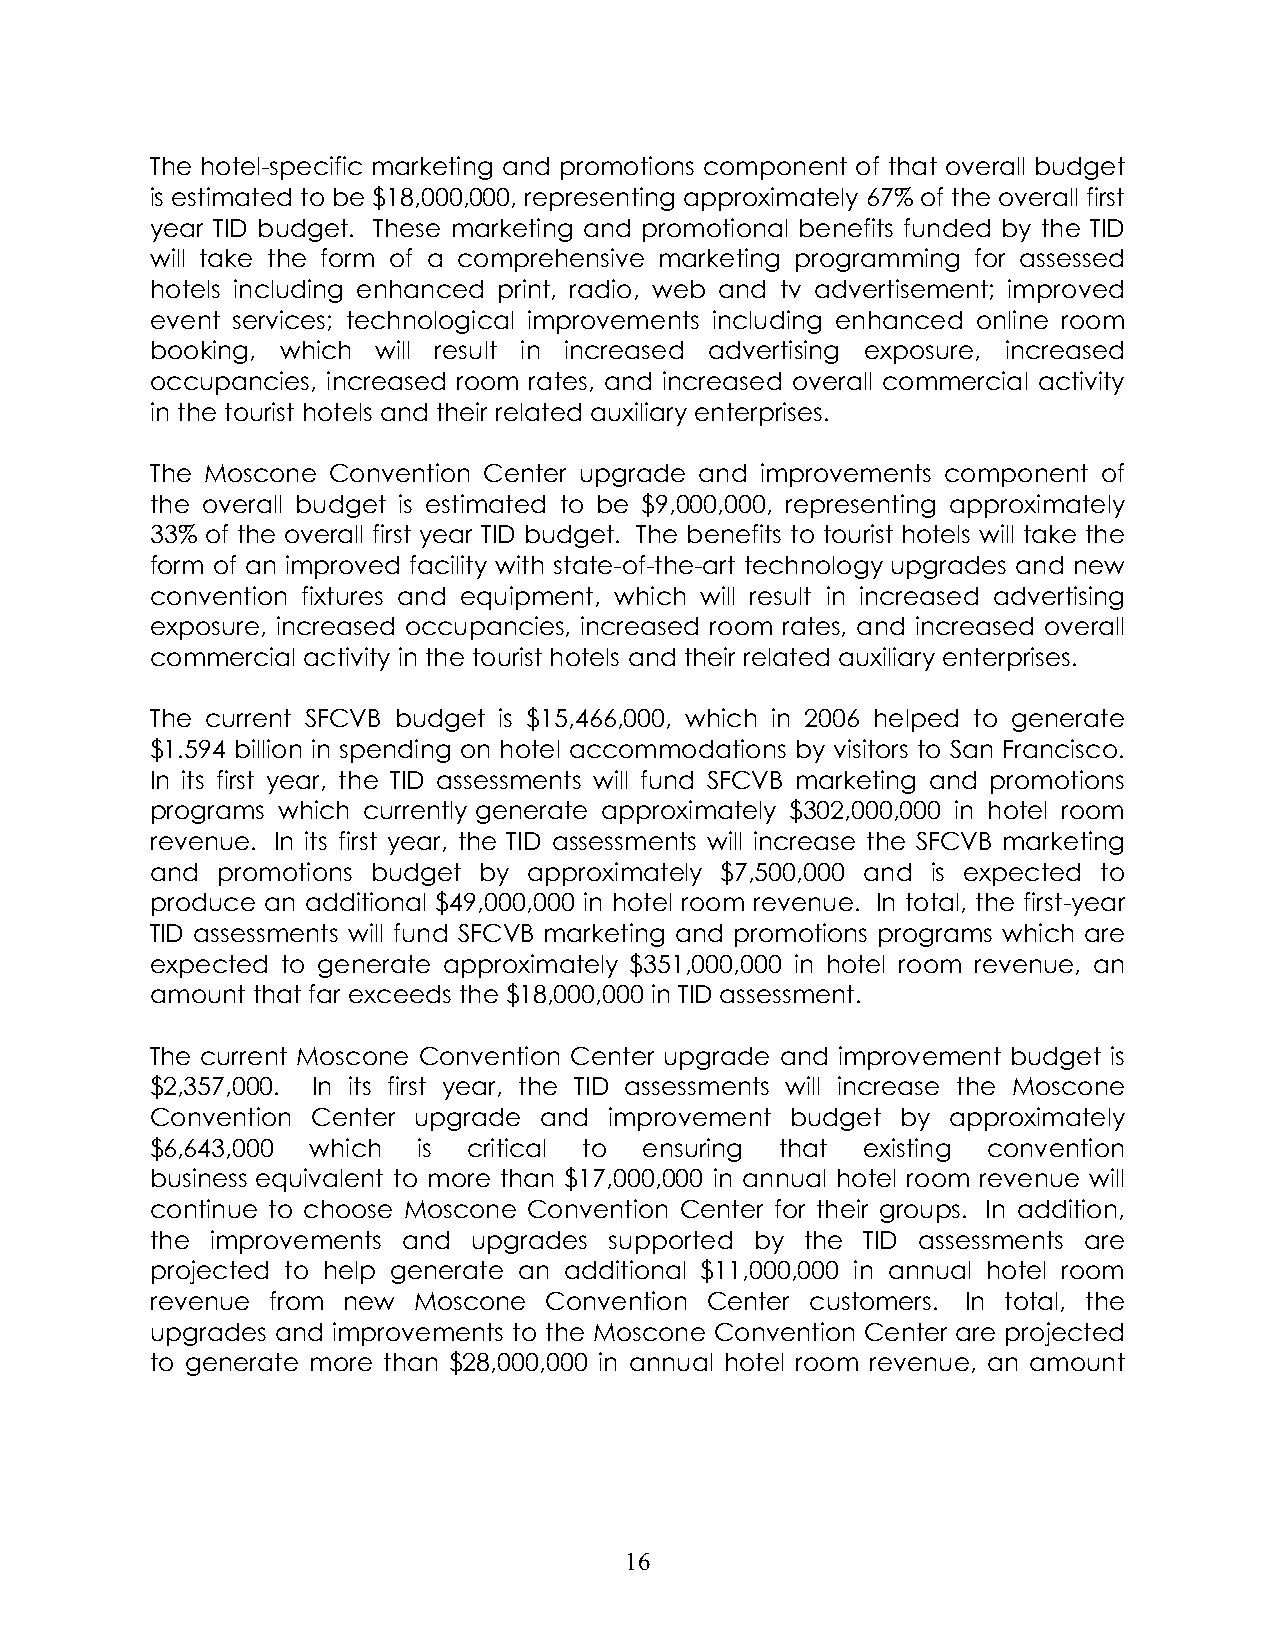
The hotel-specific marketing and promotions component of that overall budget
 is estimated to be $18,000,000, representing approximately 67% of the overall first
 year TID budget. These marketing and promotional benefits funded by the TID
 will take the form of a comprehensive marketing programming for assessed
 hotels including enhanced print, radio, web and tv advertisement; improved
 event services; technological improvements including enhanced online room
 booking, which will result in increased advertising exposure, increased
 occupancies, increased room rates, and increased overall commercial activity
 in the tourist hotels and their related auxiliary enterprises.
 The Moscone Convention Center upgrade and improvements component of
 the overall budget is estimated to be $9,000,000, representing approximately
 33% of the overall first year TID budget. The benefits to tourist hotels will take the
 form of an improved facility with state-of-the-art technology upgrades and new
 convention fixtures and equipment, which will result in increased advertising
 exposure, increased occupancies, increased room rates, and increased overall
 commercial activity in the tourist hotels and their related auxiliary enterprises.
 The current SFCVB budget is $15,466,000, which in 2006 helped to generate
 $1.594 billion in spending on hotel accommodations by visitors to San Francisco.
 In its first year, the TID assessments will fund SFCVB marketing and promotions
 programs which currently generate approximately $302,000,000 in hotel room
 revenue. In its first year, the TID assessments will increase the SFCVB marketing
 and promotions budget by approximately $7,500,000 and is expected to
 produce an additional $49,000,000 in hotel room revenue. In total, the first-year
 TID assessments will fund SFCVB marketing and promotions programs which are
 expected to generate approximately $351,000,000 in hotel room revenue, an
 amount that far exceeds the $18,000,000 in TID assessment.
 The current Moscone Convention Center upgrade and improvement budget is
 $2,357,000. In its first year, the TID assessments will increase the Moscone
 Convention Center upgrade and improvement budget  by approximately
 $6,643,000 which  is critical to ensuring that existing convention
 business equivalent to more than $17,000,000 in annual hotel room revenue will
 continue to choose Moscone Convention Center for their groups. In addition,
 the improvements and upgrades supported by the TID assessments are
 projected to help generate an additional $11,000,000 in annual hotel room
 revenue from new Moscone  Convention Center customers. In total, the
 upgrades and improvements to the Moscone Convention Center are projected
 to generate more than $28,000,000 in annual hotel room revenue, an amount
 16